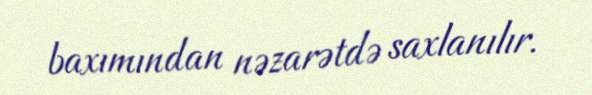
baxımından nəzarətdə saxlanılır.